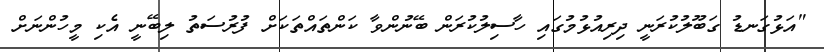
"އަޅުގަނޑު ގަބޫލުކުރަނީ ދިރިއުޅުމުގައި ހާސިލުކުރަން ބޭނުންވާ ކަންތައްތަކަށް ފުރުސަތު ލިބޭނީ އެކި މީހުންނަށް